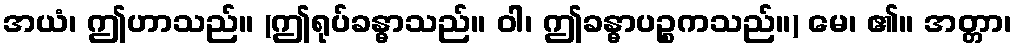
အယံ၊ ဤဟာသည်။ (ဤရုပ်ခန္ဓာသည်။ ဝါ၊ ဤခန္ဓာပဉ္စကသည်။) မေ၊ ၏။ အတ္တာ၊